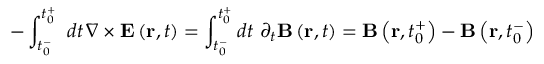
- \int _ { t _ { 0 } ^ { - } } ^ { t _ { 0 } ^ { + } } \, \, d t \, \nabla \times \mathbf { E } \left( \mathbf { r } , t \right) = \int _ { t _ { 0 } ^ { - } } ^ { t _ { 0 } ^ { + } } d t \, \, \partial _ { t } \mathbf { B } \left( \mathbf { r } , t \right) = \mathbf { B } \left( \mathbf { r } , t _ { 0 } ^ { + } \right) - \mathbf { B } \left( \mathbf { r } , t _ { 0 } ^ { - } \right)